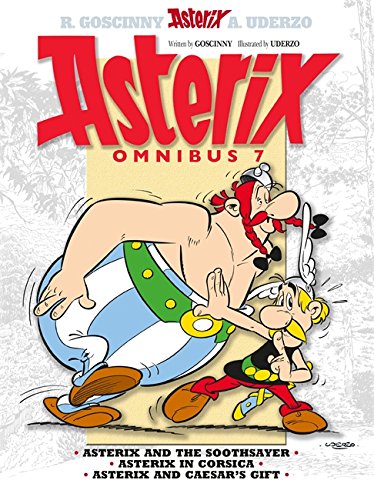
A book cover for Asterix Omnibus 7: Includes Asterix and the Soothsayer #19, Asterix in Corsica #20, and Asterix and Caesar's Gift #21; Rene Goscinny; Comics & Graphic Novels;